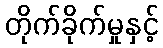
တိုက်ခိုက်မှုနှင့်